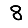
Digit: 8